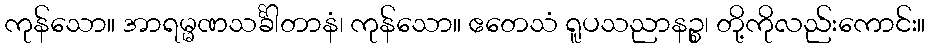
ကုန်သော။ အာရမ္မဏသင်္ခါတာနံ၊ ကုန်သော။ ဧတေသံ ရူပသညာနဉ္စ၊ တို့ကိုလည်းကောင်း။